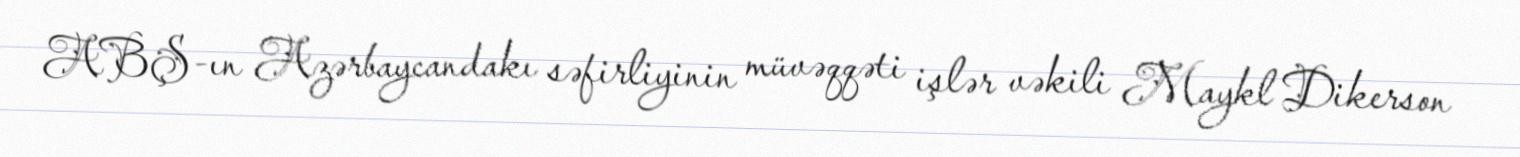
ABŞ-ın Azərbaycandakı səfirliyinin müvəqqəti işlər vəkili Maykl Dikerson